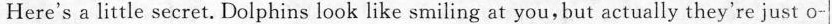
Here's a little secret. Dolphins look like smiling at you,but actually they're just o-